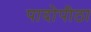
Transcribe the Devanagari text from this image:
पादोपीठा